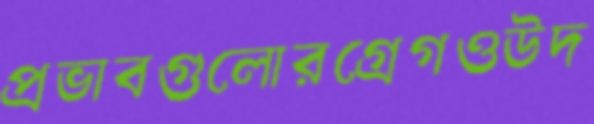
প্রভাবগুলোরগ্রেগওউদ